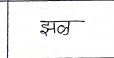
मजकूर: झळ